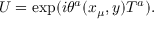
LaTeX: U = \exp ( i \theta ^ { a } ( x _ { \mu } , y ) T ^ { a } ) .